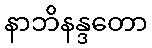
နာဘိနန္ဒတော